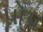
પોપ